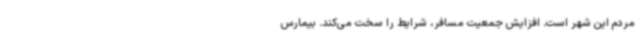
مردم این شهر است. افزایش جمعیت مسافر، شرایط را سخت می‌کند. بیمارس